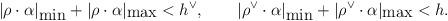
LaTeX: \begin{align*}|\rho\cdot\alpha|_{\mbox{min}}+ |\rho\cdot\alpha|_{\mbox{max}}<h^\vee,\qquad |\rho^\vee\cdot\alpha|_{\mbox{min}} +|\rho^\vee\cdot\alpha|_{\mbox{max}}<h. \end{align*}